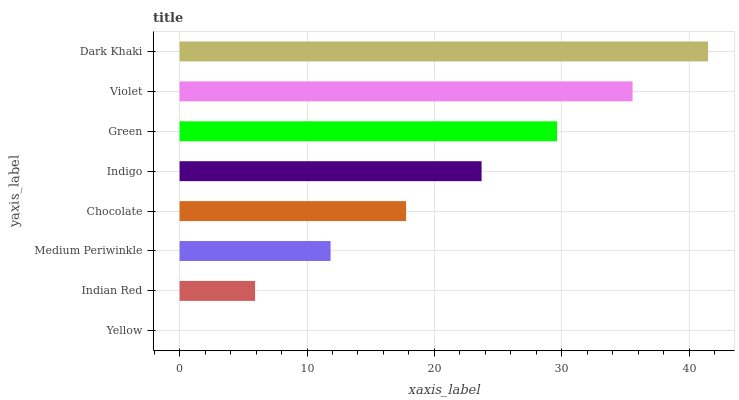
| yaxis_label | bars |
 | --- | --- |
 | Yellow | 0 |
 | Indian Red | 5.92 |
 | Medium Periwinkle | 11.8 |
 | Chocolate | 17.8 |
 | Indigo | 23.7 |
 | Green | 29.6 |
 | Violet | 35.5 |
 | Dark Khaki | 41.5 |